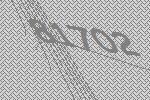
81702